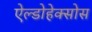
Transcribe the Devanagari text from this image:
ऐल्डोहेक्सोस